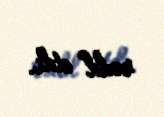
rədd etdi.